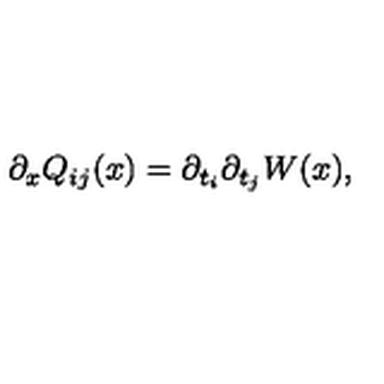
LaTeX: \partial _ { x } Q _ { i j } ( x ) = \partial _ { t _ { i } } \partial _ { t _ { j } } W ( x ) ,